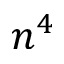
n ^ { 4 }